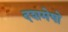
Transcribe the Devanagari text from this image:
दशमेषो